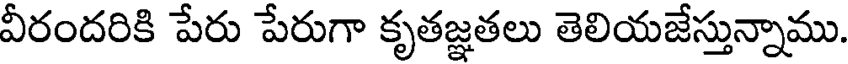
వీరందరికి పేరు పేరుగా కృతజ్ఞతలు తెలియజేస్తున్నాము.